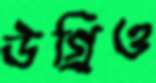
উগ্‌রিও